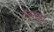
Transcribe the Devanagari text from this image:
टेक्सको